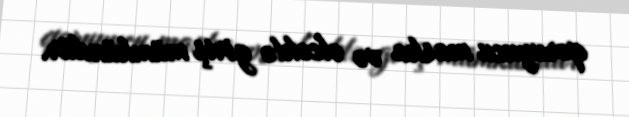
qoruyucu maska və əlcəklə giriş mümkündür.